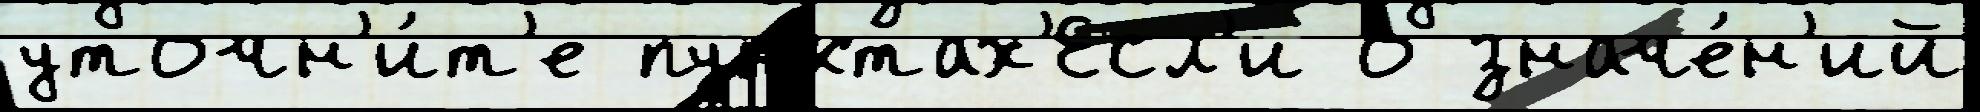
уточн'и́т'е пунктах'Есл'и о значе́н'ий